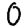
Digit: 0